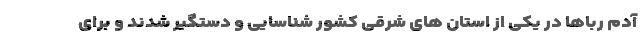
آدم رباها در یکی از استان های شرقی کشور شناسایی و دستگیر شدند و برای